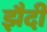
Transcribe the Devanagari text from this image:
झैदी